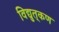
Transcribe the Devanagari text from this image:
विद्युत्‌कण